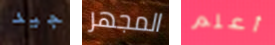
جيد المجهر أعلم